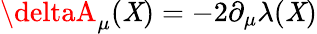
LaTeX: \deltaA_{\mu}(\mathit{X})=-2\partial_{\mu}\lambda(\mathit{X})